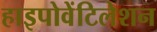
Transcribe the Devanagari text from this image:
हाइपोवेंटिलेशन